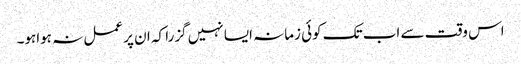
اس وقت سے اب تک کوئی زمانہ ایسا نہیں گزرا کہ ان پر عمل نہ ہواہو۔